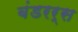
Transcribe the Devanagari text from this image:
बंडरर्स